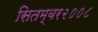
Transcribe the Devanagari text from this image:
सितम्बर२००८